Lunatic asylums Central Provinces reports 1874-1885 - 1874-1885
Year: 1874
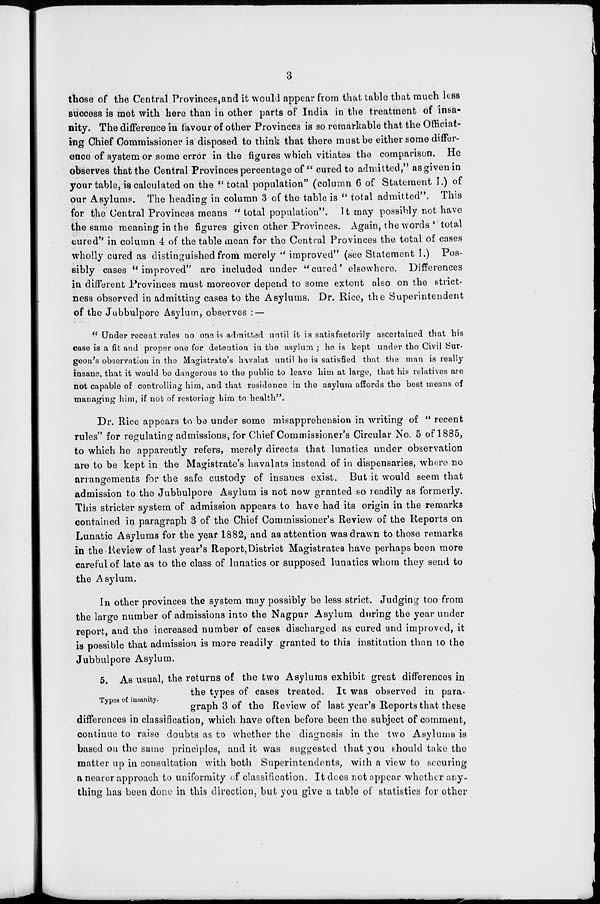
3
those of the Central Provinces,and it would appear from that table that much less
success is met with here than in other parts of India in the treatment of insa-
nity. The difference in favour of other Provinces is so remarkable that the Officiat-
ing Chief Commissioner is disposed to think that there must be either some differ-
ence of system or some error in the figures which vitiates the comparison. He
observes that the Central Provinces percentage of " cured to admitted," as given in
your table, is calculated on the " total population" (column 6 of Statement I.) of
our Asylums. The heading in column 3 of the table is " total admitted". This
for the Central Provinces means " total population". It may possibly not have
the same meaning in the figures given other Provinces. Again, the words ''total
cured" in column 4 of the table mean for the Central Provinces the total of cases
wholly cured as distinguished from merely " improved" (see Statement I.) Pos-
sibly cases "improved" are included under "cured' elsewhere. Differences
in different Provinces must moreover depend to some extent also on the strict-
ness observed in admitting cases to the Asylums. Dr. Rice, the Superintendent
of the Jubbulpore Asylum, observes : —
" Under recent rules no one is admitted until it is satisfactorily ascertained that his
case is a fit and proper one for detention in the asylum ; he is kept under the Civil Sur-
geon's observation in the Magistrate's havalat until he is satisfied that the man is really
insane, that it would be dangerous to the public to leave him at large, that his relatives are
not capable of controlling him, and that residence in the asylum affords the best means of
managing him, if not of restoring him to health".
Dr. Rice appears to be under some misapprehension in writing of " recent
rules" for regulating admissions, for Chief Commissioner's Circular No. 5 of 1885,
to which he apparently refers, merely directs that lunatics under observation
are to be kept in the Magistrate's havalats instead of in dispensaries, where no
arrangements for the safe custody of insanes exist. But it would seem that
admission to the Jubbulpore Asylum is not now granted so readily as formerly.
This stricter system of admission appears to have had its origin in the remarks
contained in paragraph 3 of the Chief Commissioner's Review of the Reports on
Lunatic Asylums for the year 1882, and as attention was drawn to those remarks
in the Review of last year's Report,District Magistrates have perhaps been more
careful of late as to the class of lunatics or supposed lunatics whom they send to
the Asylum.
In other provinces the system may possibly be less strict. Judging too from
the large number of admissions into the Nagpur Asylum during the year under
report, and the increased number of cases discharged as cured and improved, it
is possible that admission is more readily granted to this institution than to the
Jubbulpore Asylum.
Types of insanity.
5. As usual, the returns of the two Asylums exhibit great differences in
the types of cases treated. It was observed in para-
graph 3 of the Review of last year's Reports that these
differences in classification, which have often before been the subject of comment,
continue to raise doubts as to whether the diagnosis in the two Asylums is
based on the same principles, and it was suggested that you should take the
matter up in consultation with both Superintendents, with a view to securing
a nearer approach to uniformity of classification. It does not appear whether any-
thing has been done in this direction, but you give a table of statistics for other